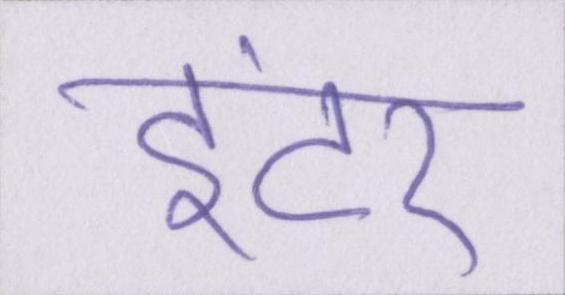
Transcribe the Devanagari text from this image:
इंटर